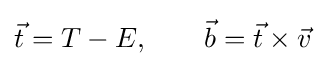
{\vec {t}}=T-E,\qquad {\vec {b}}={\vec {t}}\times {\vec {v}}